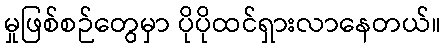
မှုဖြစ်စဉ်တွေမှာ ပိုပိုထင်ရှားလာနေတယ်။